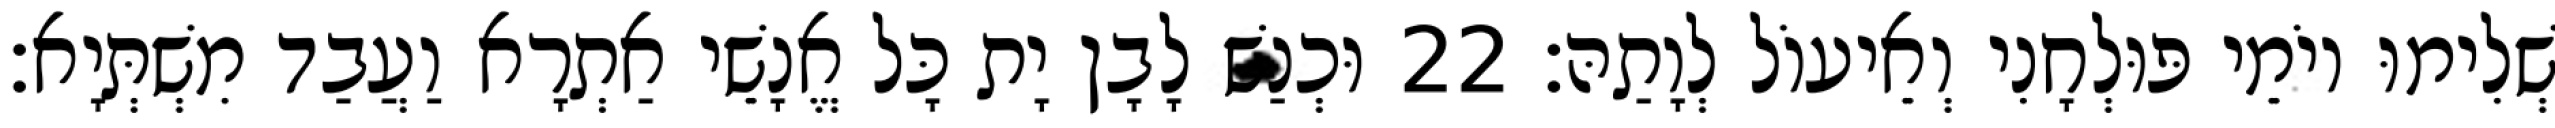
שְׁלִימוּ יוֹמֵי פּוּלְחָנִי וְאֵיעוֹל לְוָתַהּ׃ 22 וּכְנַשׁ לָבָן יָת כָּל אֱנָשֵׁי אַתְרָא וַעֲבַד מִשְׁתְּיָא׃